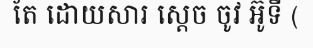
តែ ដោយសារ ស្តេច ចូវ អ៊ូទី (